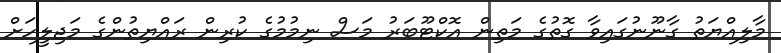
މާލިއްޔަތު ގާނޫނުގައިވާ ގޮތުގެ މަތިން އޮކްޓޫބަރު މަސް ނިމުމުގެ ކުރިން ރައްޔިތުންގެ މަޖިލީހަށް